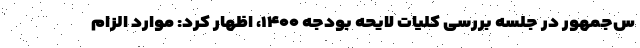
س‌جمهور در جلسه بررسی کلیات لایحه بودجه ۱۴۰۰، اظهار کرد: موارد الزام